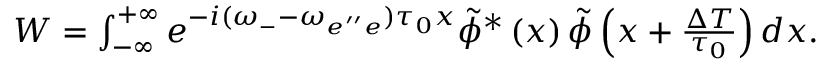
\begin{array} { r } { W = \int _ { - \infty } ^ { + \infty } e ^ { - i ( \omega _ { - } - \omega _ { e ^ { \prime \prime } e } ) \tau _ { 0 } x } \tilde { \phi } ^ { * } \left( x \right) \tilde { \phi } \left( x + \frac { \Delta T } { \tau _ { 0 } } \right) d x . } \end{array}